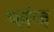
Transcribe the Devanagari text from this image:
प्लंज